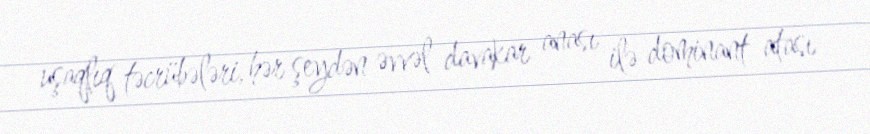
uşaqlıq təcrübələri, hər şeydən əvvəl davakar anası ilə dominant atası